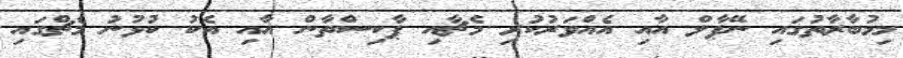
މިމުބާރާތުގައި ނޭޕާލް އާއި އެއްވަރުކުރި މެޗާއި ޕާކިސްތާން އާއި އެކު ކުޅުނު މެޗްގައި